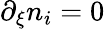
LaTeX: \partial_{\xi}n_{i}=0